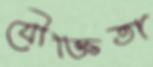
যৌক্তিতা